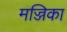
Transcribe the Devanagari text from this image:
मज्जिका